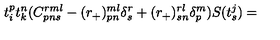
t _ { i } ^ { p } t _ { k } ^ { n } ( C _ { p n s } ^ { r m l } - ( r _ { + } ) _ { p n } ^ { m l } \delta _ { s } ^ { r } + ( r _ { + } ) _ { s n } ^ { r l } \delta _ { p } ^ { m } ) S ( t _ { s } ^ { j } ) =